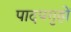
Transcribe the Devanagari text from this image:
पादपगृहों